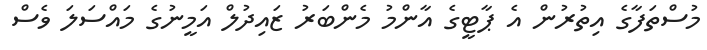
މުސްތަފާގެ އިތުރުން އެ ޕާޓީގެ އާންމު މެންބަރު ޒައިދުލް އަމީނުގެ މައްސަލަ ވެސް